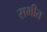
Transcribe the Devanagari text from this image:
सभीत